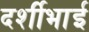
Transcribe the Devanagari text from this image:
दर्शीभाई